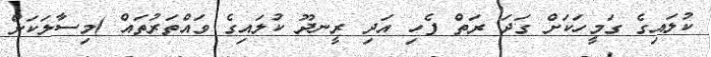
ކުލައިގެ ގަމީހަކަށް ގަދަ ރަތް ފެހި އަދި ރީނދޫ ކުލައިގެ ވައްތަރުތައް )މިސާލަކަށް